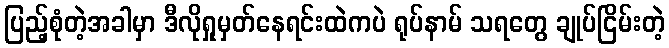
ပြည့်စုံတဲ့အခါမှာ ဒီလိုရှုမှတ်နေရင်းထဲကပဲ ရုပ်နာမ် သရတွေ ချုပ်ငြိမ်းတဲ့